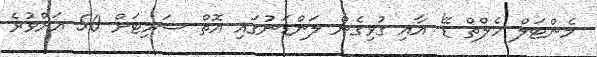
މެންޓަލް ހެލްތް ޑޭ' އާއި ގުޅިގެން ލަންޑަނުގައި އޮތް ސަމިޓަށް 50 އަށްވުރެ